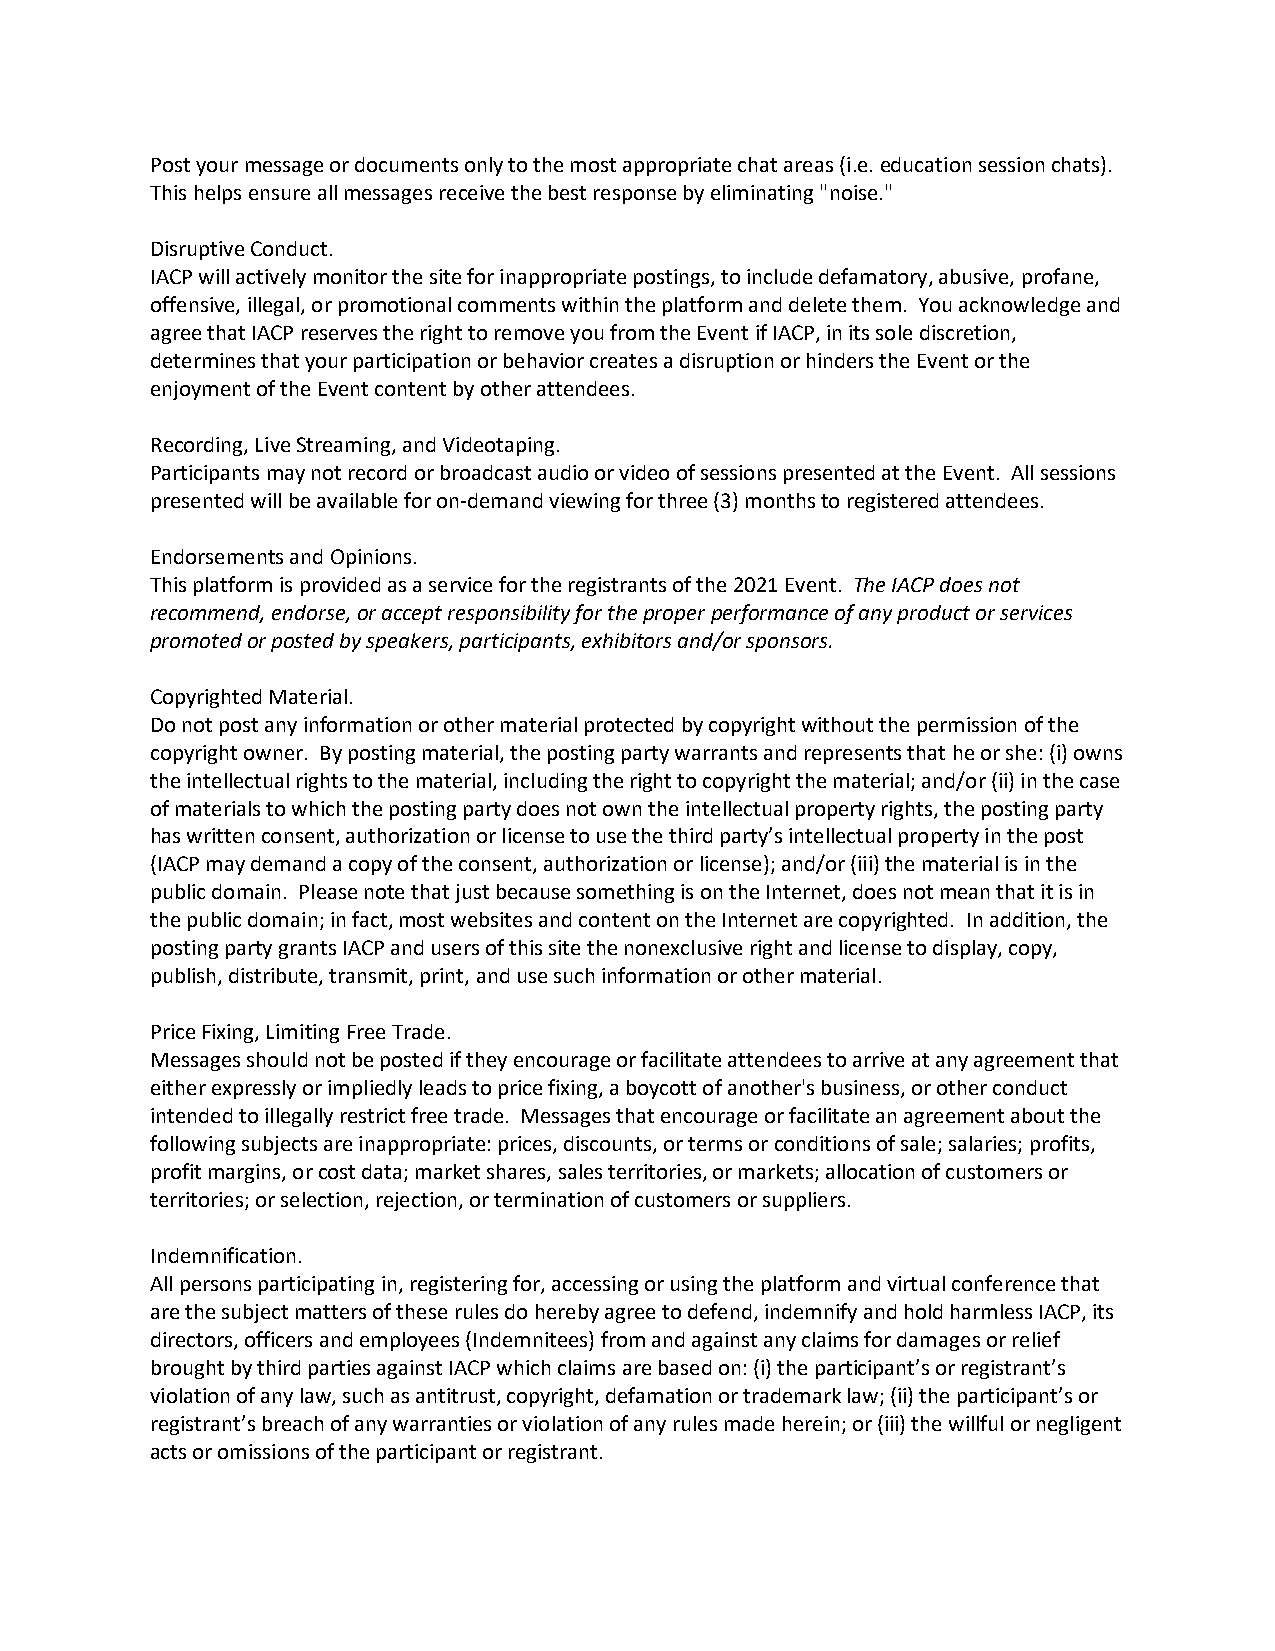
Post your message or documents only to the most appropriate chat areas (i.e. education session chats).
 This helps ensure all messages receive the best response by eliminating "noise."
 Disruptive Conduct.
 IACP will actively monitor the site for inappropriate postings, to include defamatory, abusive, profane,
 offensive, illegal, or promotional comments within the platform and delete them. You acknowledge and
 agree that IACP reserves the right to remove you from the Event if IACP, in its sole discretion,
 determines that your participation or behavior creates a disruption or hinders the Event or the
 enjoyment of the Event content by other attendees.
 Recording, Live Streaming, and Videotaping.
 Participants may not record or broadcast audio or video of sessions presented at the Event. All sessions
 presented will be available for on-demand viewing for three (3) months to registered attendees.
 Endorsements and Opinions.
 This platform is provided as a service for the registrants of the 2021 Event. The IACP does not
 recommend, endorse, or accept responsibility for the proper performance of any product or services
 promoted or posted by speakers, participants, exhibitors and/or sponsors.
 Copyrighted Material.
 Do not post any information or other material protected by copyright without the permission of the
 copyright owner. By posting material, the posting party warrants and represents that he or she: (i) owns
 the intellectual rights to the material, including the right to copyright the material; and/or (ii) in the case
 of materials to which the posting party does not own the intellectual property rights, the posting party
 has written consent, authorization or license to use the third party’s intellectual property in the post
 (IACP may demand a copy of the consent, authorization or license); and/or (iii) the material is in the
 public domain. Please note that just because something is on the Internet, does not mean that it is in
 the public domain; in fact, most websites and content on the Internet are copyrighted. In addition, the
 posting party grants IACP and users of this site the nonexclusive right and license to display, copy,
 publish, distribute, transmit, print, and use such information or other material.
 Price Fixing, Limiting Free Trade.
 Messages should not be posted if they encourage or facilitate attendees to arrive at any agreement that
 either expressly or impliedly leads to price fixing, a boycott of another's business, or other conduct
 intended to illegally restrict free trade. Messages that encourage or facilitate an agreement about the
 following subjects are inappropriate: prices, discounts, or terms or conditions of sale; salaries; profits,
 profit margins, or cost data; market shares, sales territories, or markets; allocation of customers or
 territories; or selection, rejection, or termination of customers or suppliers.
 Indemnification.
 All persons participating in, registering for, accessing or using the platform and virtual conference that
 are the subject matters of these rules do hereby agree to defend, indemnify and hold harmless IACP, its
 directors, officers and employees (Indemnitees) from and against any claims for damages or relief
 brought by third parties against IACP which claims are based on: (i) the participant’s or registrant’s
 violation of any law, such as antitrust, copyright, defamation or trademark law; (ii) the participant’s or
 registrant’s breach of any warranties or violation of any rules made herein; or (iii) the willful or negligent
 acts or omissions of the participant or registrant.